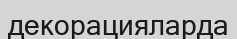
декорацияларда